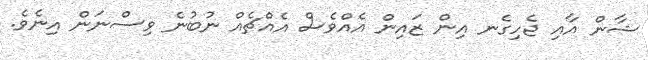
ޝާން އާއި ޖެހިގެނ އިން ޒައިން އެއްވެސް އެއްޗެއް ނުބުނެ ވިސްނަން އިނެވެ.